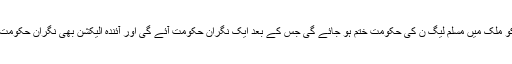
واضح رہے کہ 31 مئی کو ملک میں مسلم لیگ ن کی حکومت ختم ہو جائے گی جس کے بعد ایک نگران حکومت آئے گی اور آئندہ الیکشن بھی نگران حکومت کی زیر نگرانی ہوں گے۔